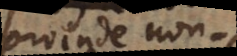
proinde non